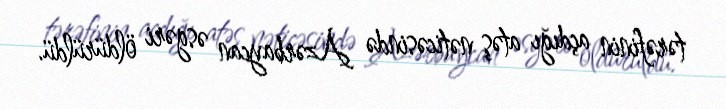
tərəfinin açdığı atəş nəticəsində Azərbaycan əsgəri öldürüldü.